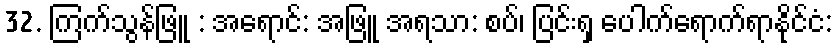
32. ကြက်သွန်ဖြူ : အရောင်: အဖြူ အရသာ: စပ်၊ ပြင်းရှ ပေါက်ရောက်ရာနိုင်ငံ: